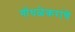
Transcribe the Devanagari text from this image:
गोंधळेकरांचे